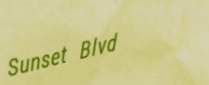
Sunset Blvd